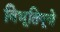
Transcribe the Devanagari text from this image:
विभूतिपूजे